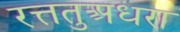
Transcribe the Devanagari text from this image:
रत्ततुअधरा